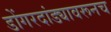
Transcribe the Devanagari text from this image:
डोंगरदांड्यावरूनच